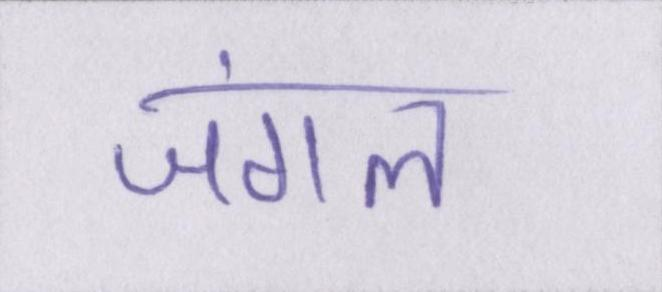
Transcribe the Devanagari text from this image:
जंगल